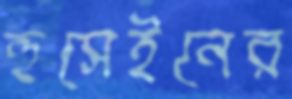
হুসেইনের